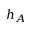
h _ { A }